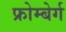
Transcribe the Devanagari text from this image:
फ्रोम्बेर्ग